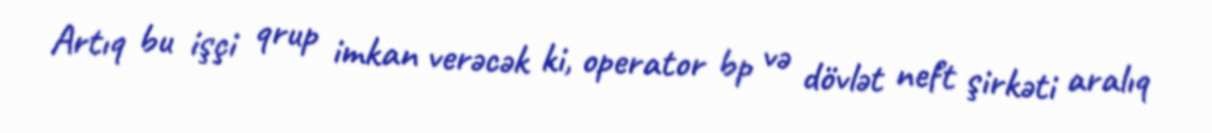
Artıq bu işçi qrup imkan verəcək ki, operator bp və dövlət neft şirkəti aralıq